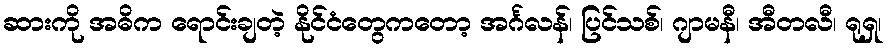
ဆားကို အဓိက ရောင်းချတဲ့ နိုင်ငံတွေကတော့ အင်္ဂလန်၊ ပြင်သစ်၊ ဂျာမနီ၊ အီတလီ၊ ရုရှ၊